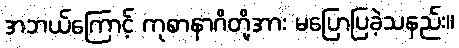
အဘယ်ကြောင့် ကုစာနာဂိတို့အား မပြောပြခဲ့သနည်း။